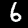
Digit: 6